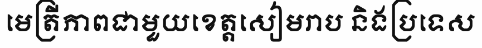
មេត្រីភាពជាមួយខេត្តសៀមរាប និងប្រទេស